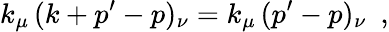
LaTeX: k_{\mu}\, (k+p^{\prime}-p)_{\nu}=k_{\mu}\, (p^{\prime}-p)_{\nu}\, \, \, ,